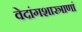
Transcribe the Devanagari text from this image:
वेदांगशास्त्राणां